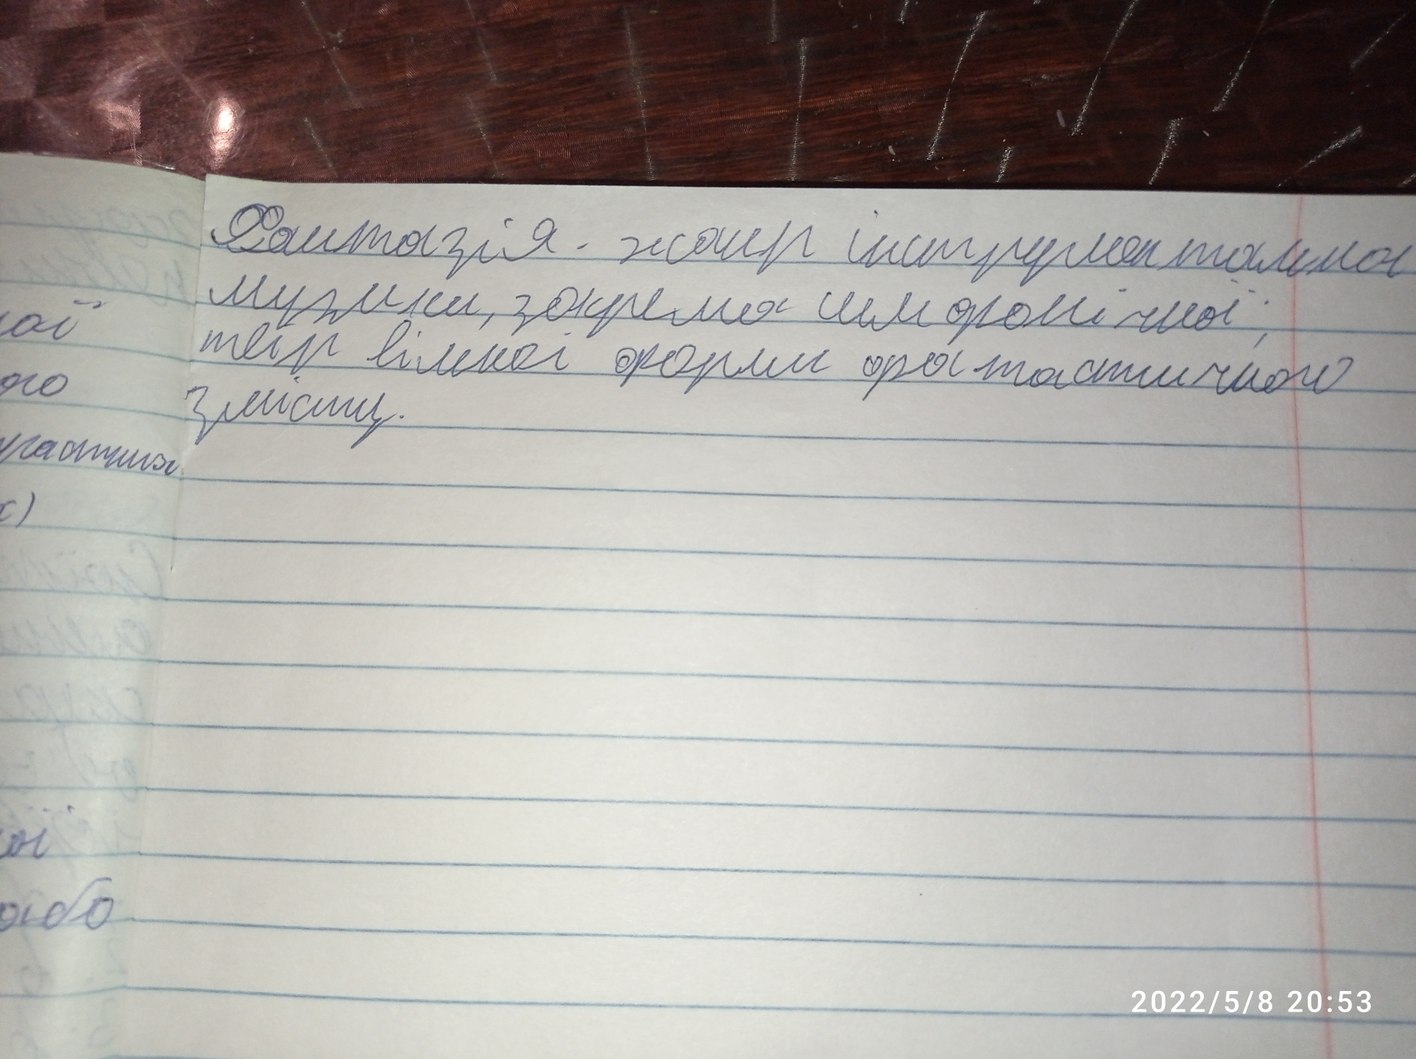
Фантазія - жанр інструментальної
музики, зокрема симфонічної;
ої
твір вільної форми фантастичного змісту
ого
змісту.
ої
або